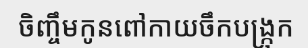
ចិញ្ចឹមកូនពៅកាយចឹកបង្ក្រុក